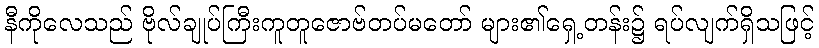
နီကိုလေသည် ဗိုလ်ချုပ်ကြီးကူတူဇောဗ်တပ်မတော် များ၏ရှေ့တန်း၌ ရပ်လျက်ရှိသဖြင့်